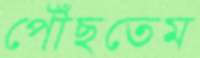
পৌঁছতেম